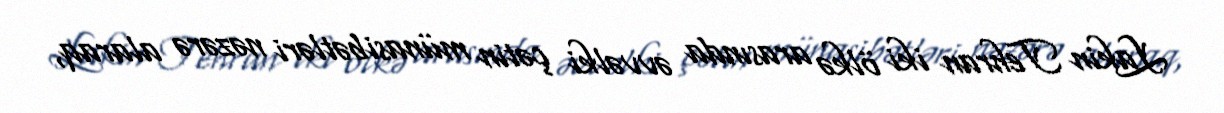
Lakin Tehran iki ölkə arasında əvvəlki çətin münasibətləri nəzərə alaraq,